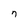
Character: n